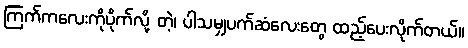
ကြက်ကလေးကိုပိုက်လို့ တဲ့၊ ပါသမျှပက်ဆံလေးတွေ ထည့်ပေးလိုက်တယ်။